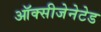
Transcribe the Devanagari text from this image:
ऑक्सीजेनेटेड